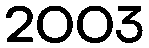
2003